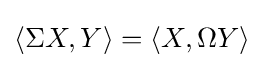
\langle \Sigma X,Y\rangle =\langle X,\Omega Y\rangle